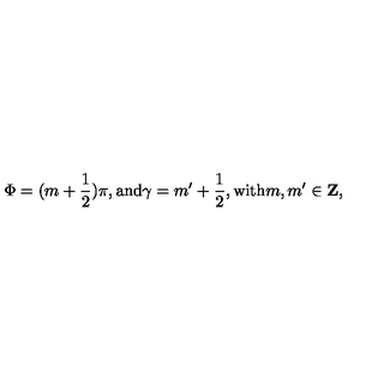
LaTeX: \Phi = ( m + \frac { 1 } { 2 } ) \pi , \mathrm { a n d } \gamma = m ^ { \prime } + \frac { 1 } { 2 } , \mathrm { w i t h } m , m ^ { \prime } \in \mathrm { { \bf Z } } ,